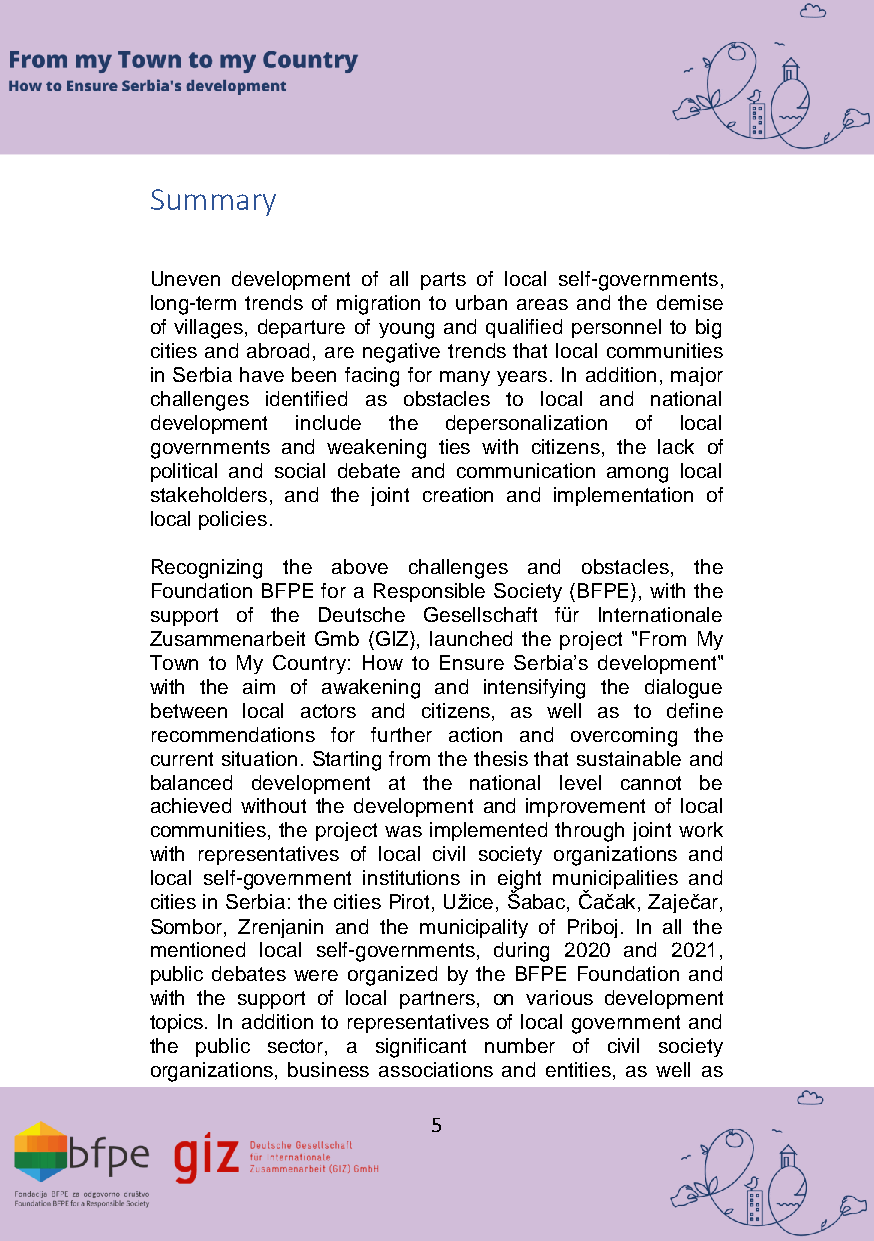
Summary
 Uneven development of all parts of local self-governments,
 long-term trends of migration to urban areas and the demise
 of villages, departure of young and qualified personnel to big
 cities and abroad, are negative trends that local communities
 in Serbia have been facing for many years. In addition, major
 challenges identified as obstacles to local and national
 development include the depersonalization of local
 governments and weakening ties with citizens, the lack of
 political and social debate and communication among local
 stakeholders, and the joint creation and implementation of
 local policies.
 Recognizing the above challenges and obstacles, the
 Foundation BFPE for a Responsible Society (BFPE), with the
 support of the Deutsche Gesellschaft für Internationale
 Zusammenarbeit Gmb (GIZ), launched the project "From My
 Town to My Country: How to Ensure Serbia’s development"
 with the aim of awakening and intensifying the dialogue
 between local actors and citizens, as well as to define
 recommendations for further action and overcoming the
 current situation. Starting from the thesis that sustainable and
 balanced development at the national level cannot be
 achieved without the development and improvement of local
 communities, the project was implemented through joint work
 with representatives of local civil society organizations and
 local self-government institutions in eight municipalities and
 cities in Serbia: the cities Pirot, Užice, Šabac, Čačak, Zaječar,
 Sombor, Zrenjanin and the municipality of Priboj. In all the
 mentioned local self-governments, during 2020 and 2021,
 public debates were organized by the BFPE Foundation and
 with the support of local partners, on various development
 topics. In addition to representatives of local government and
 the public sector, a significant number of civil society
 organizations, business associations and entities, as well as
 5